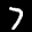
Label: 7